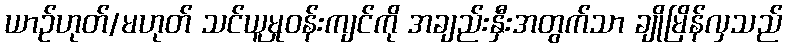
ယာဉ်ဟုတ်/မဟုတ် သင်ယူမှုဝန်းကျင်ကို အချည်းနှီးအတွက်သာ ချိုမြိန်လှသည်